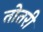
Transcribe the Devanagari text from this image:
तोतरी